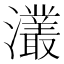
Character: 灇